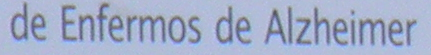
de Enfermos de Alzheimer